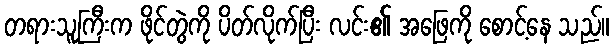
တရားသူကြီးက ဖိုင်တွဲကို ပိတ်လိုက်ပြီး လင်း၏ အဖြေကို စောင့်နေ သည်။